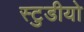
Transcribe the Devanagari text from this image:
स्टुडीयो